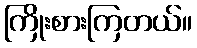
ကြိုးစားကြတယ်။